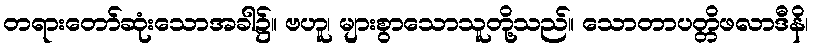
တရားတော်ဆုံးသောအခါ၌။ ဗဟူ၊ များစွာသောသူတို့သည်။ သောတာပတ္တိဖလာဒီနိ၊